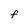
Character: F